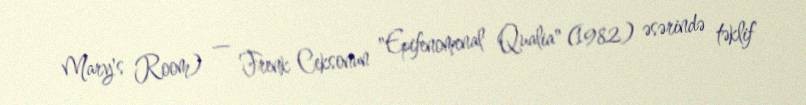
Mary's Room) — Frenk Ceksonun "Epifenomenal Qualia" (1982) əsərində təklif